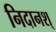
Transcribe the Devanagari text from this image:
निदानश्